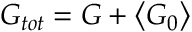
\boldsymbol { G } _ { t o t } = \boldsymbol { G } + \left\langle \boldsymbol { G } _ { 0 } \right\rangle